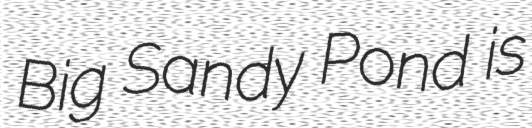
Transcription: Big Sandy Pond is